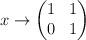
LaTeX: \begin{align*}x \to \begin{pmatrix}1&1 \\ 0&1 \end{pmatrix}\end{align*}